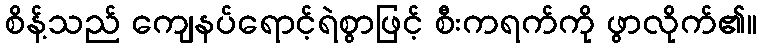
စိန့်သည် ကျေနပ်ရောင့်ရဲစွာဖြင့် စီးကရက်ကို ဖွာလိုက်၏။